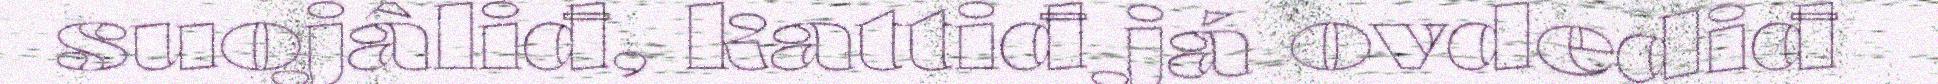
suojâliđ, kattiđ já ovdediđ